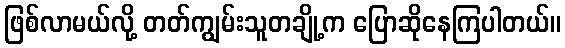
ဖြစ်လာမယ်လို့ တတ်ကျွမ်းသူတချို့က ပြောဆိုနေကြပါတယ်။